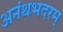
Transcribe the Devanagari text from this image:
अनंथभदरम्